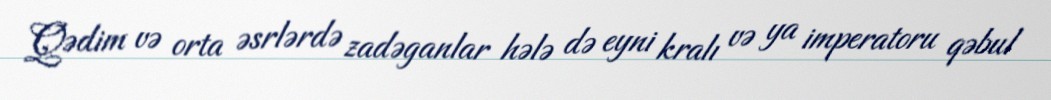
Qədim və orta əsrlərdə zadəganlar hələ də eyni kralı və ya imperatoru qəbul